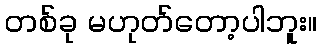
တစ်ခု မဟုတ်တော့ပါဘူး။